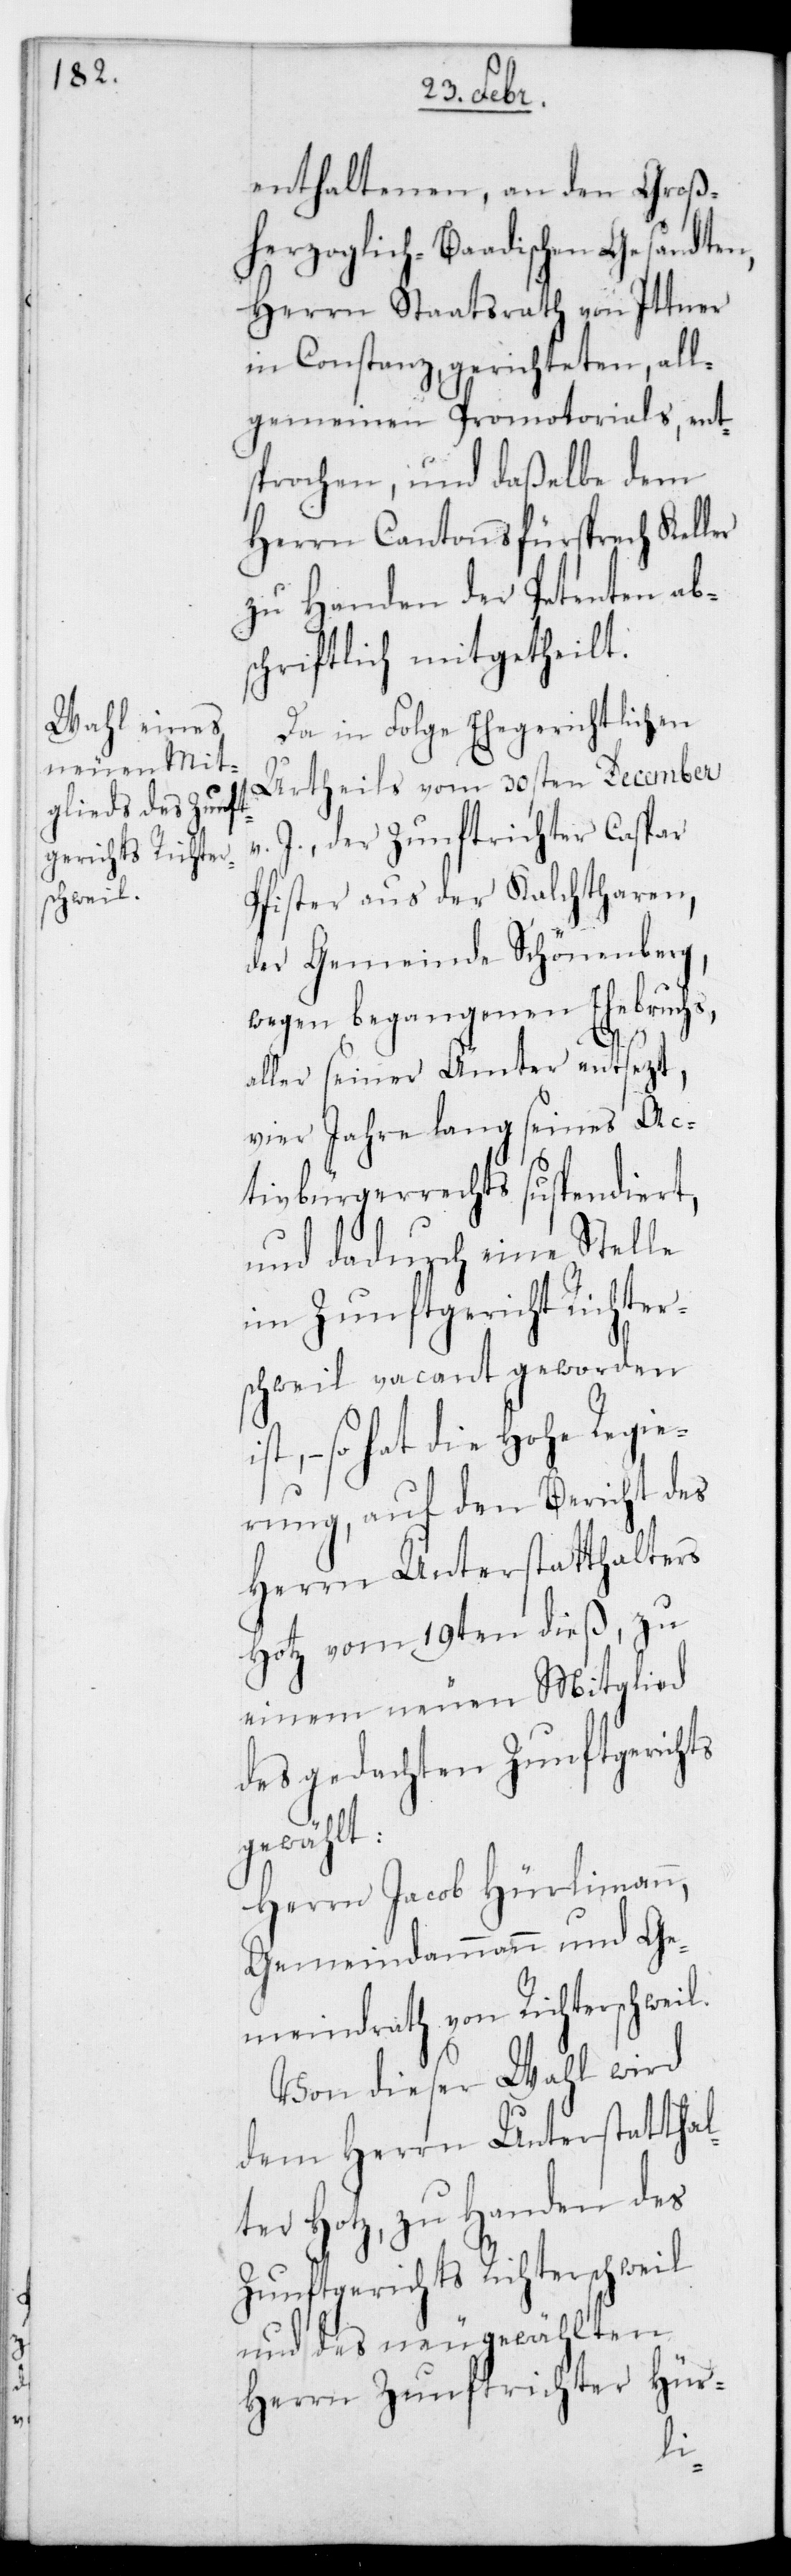
enthaltenen, an den Groß¬
herzoglich-Baadischen Gesandten,
Herrn Staatsrath von Ittner
in Constanz, gerichteten, all¬
gemeinen Promotorials ent¬
sprochen, und daßelbe dem
Herrn Cantonsfürsprech Keller
zu Handen der Petenten ab¬
schriftlich mitgetheilt.
Da in Folge ehegerichtlichen
Urtheils vom 30sten December
v. J. der Zunftrichter Caspar
Pfister aus der Kalchtharen
der Gemeinde Schönenberg,
wegen begangenen Ehebruchs,
l.
aller seiner Ämter entsetzt,
vier Jahre lang seines Ac¬
tivbürgerrechts suspendiert,
und dadurch eine Stelle
im Zunftgericht Richter¬
schweil vacant geworden
– so hat die Hohe Regie¬
rung, auf den Bericht des
Herrn Unterstatthalters
Hotz vom 19ten dieß, zu
einem neuen Mitglied
des gedachten Zunftgerichts
gewählt:
Herrn Jacob Hürlimann,
Gemeindammann und Ge¬
meindrath von Richterschwei¬
Von dieser Wahl wird
dem Herrn Unterstatthal¬
ter Hotz, zu Handen des
Zunftgerichts Richterschweil
und des neugewählten
Herrn Zunftrichter Hür-